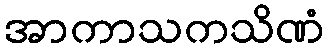
အာကာသကသိဏံ